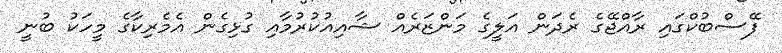
ފޭސްބުކްގައި ރާއްޖޭގެ ރެދަން އަލީގެ މަންޒަރެއް ޝާއިއުކުރުމާއި ގުޅިގެން އެމެރިކާގެ މީހަކު ބުނީ